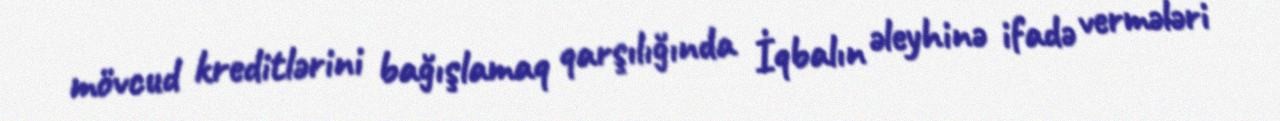
mövcud kreditlərini bağışlamaq qarşılığında İqbalın əleyhinə ifadə vermələri